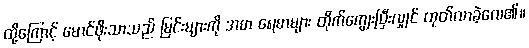
ထို့ကြောင့် မောင်ဖိုးသာသည် မြင်းများကို အစာ ရေစာများ တိုက်ကျွေးပြီးလျှင် ထုတ်လာခဲ့လေ၏။